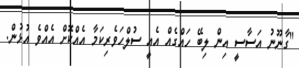
"ގާނޫނު އަސާސީ އިން ލިބޭ ހައްގެއް އެއީ ސުލްހަވެރިކަމާ އެއްކޮށް އެއްވެ އުޅުން.